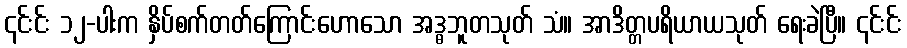
၎င်းင်း ၁၂-ပါးက နှိပ်စက်တတ်ကြောင်းဟောသော အဒ္ဓဘူတသုတ် သံ။ အာဒိတ္တပရိယာယသုတ် ရေးခဲပြီ။ ၎င်းင်း